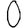
Digit: 0